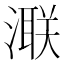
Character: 𣾍